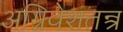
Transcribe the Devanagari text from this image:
अग्निवेशतन्त्र